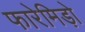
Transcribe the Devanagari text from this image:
फारेमिड़ो